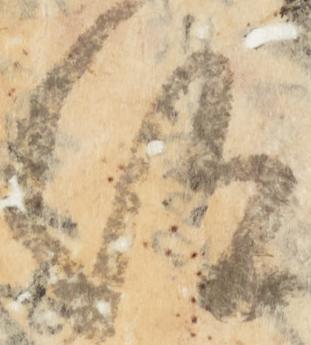
仰